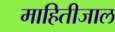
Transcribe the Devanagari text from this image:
माहितीजाल